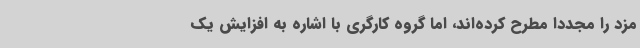
مزد را مجددا مطرح کرده‌اند، اما گروه کارگری با اشاره به افزایش یک